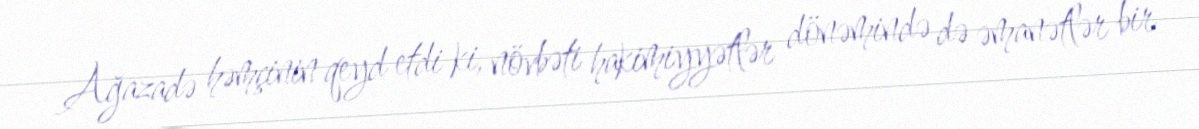
Ağazadə həmçinin qeyd etdi ki, növbəti hakimiyyətlər dönəmində də əmanətlər bir